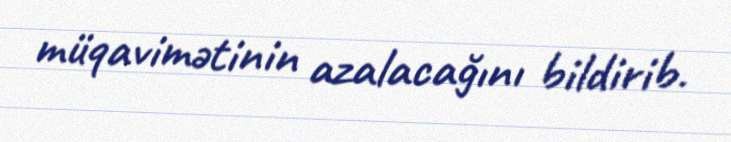
müqavimətinin azalacağını bildirib.